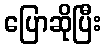
ပြောဆိုပြီး